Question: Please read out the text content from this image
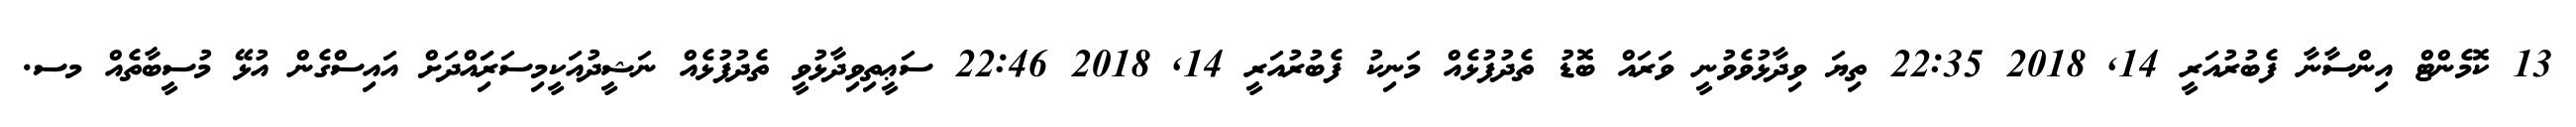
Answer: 13 ކޮމެންޓް އިންސާނާ ފެބުރުއަރީ 14, 2018 22:35 ތިޔަ ވިދާޅުވެވުނީ ވަރައް ބޮޑު ތެދުފުޅެއް މަނިކު ފެބުރުއަރީ 14, 2018 22:46 ސަޢީތިވިދާޅުވީ ތެދުފުޅެއް ނަޝީދުއަކީމިސަރަިައްދަށް އައިސްގެން އުޅޭ މުސީބާތެއް މސ.